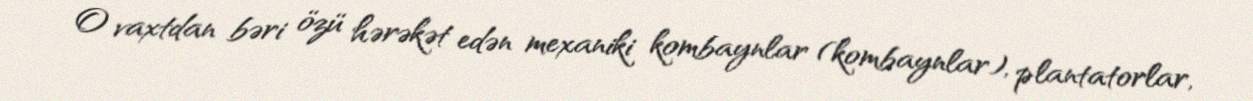
O vaxtdan bəri özü hərəkət edən mexaniki kombaynlar (kombaynlar), plantatorlar,